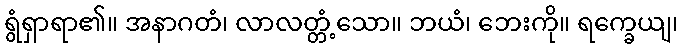
ရွံရှာရာ၏။ အနာဂတံ၊ လာလတ္တံ့သော။ ဘယံ၊ ဘေးကို။ ရက္ခေယျ၊